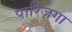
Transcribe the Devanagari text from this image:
पारिज़गा